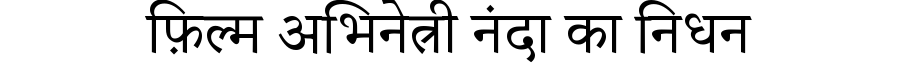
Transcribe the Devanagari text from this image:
फ़िल्म अभिनेत्री नंदा का निधन